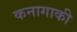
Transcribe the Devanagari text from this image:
कनागाकी